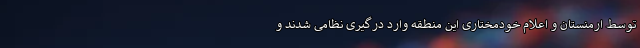
توسط ارمنستان و اعلام خودمختاری این منطقه وارد درگیری نظامی شدند و